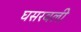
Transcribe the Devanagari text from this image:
घसरवली